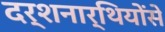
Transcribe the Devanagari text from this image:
दर्शनार्थियोंसे